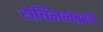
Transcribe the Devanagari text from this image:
राबिननंतरचे